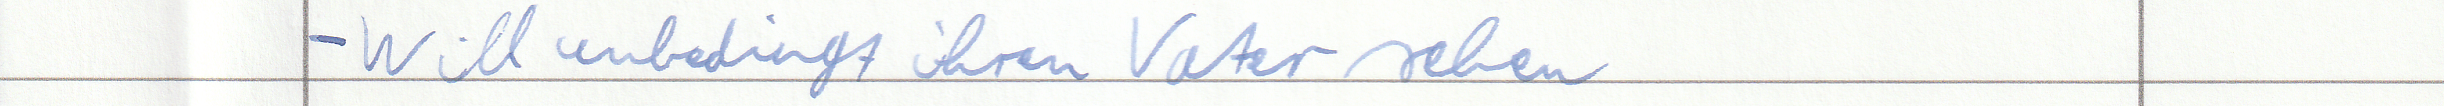
- Will unbedingt ihren Vater sehen